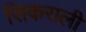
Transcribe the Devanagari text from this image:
सिकराली